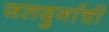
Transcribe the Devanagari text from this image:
जलदुर्गाची